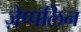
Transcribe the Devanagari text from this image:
ज़ेप्पलिन